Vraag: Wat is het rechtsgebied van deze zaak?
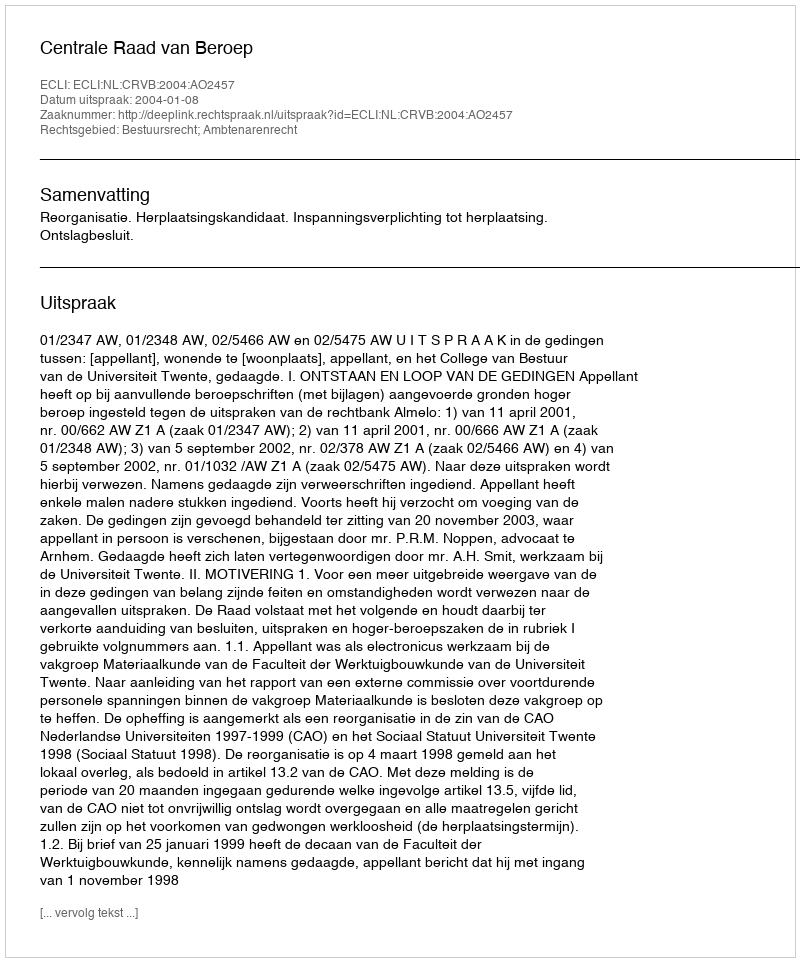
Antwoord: Bestuursrecht; Ambtenarenrecht